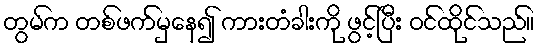
တွမ်က တစ်ဖက်မှနေ၍ ကားတံခါးကို ဖွင့်ပြီး ဝင်ထိုင်သည်။